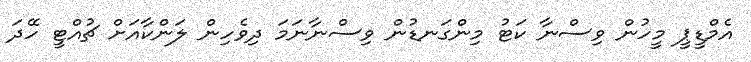
އެމްޑީޕީ މީހުން ވިސްނާ ކަޓު މިންގަނޑުން ވިސްނާނަމަ ދިވެހިން ލަންކާއަށް ޗުއްޓީ ހޭދަ